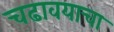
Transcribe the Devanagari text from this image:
चढावयाचा